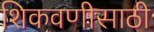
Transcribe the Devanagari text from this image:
शिकवणीसाठी